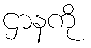
ဌာနကို